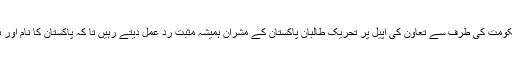
ہماری دعا ہے کہ ہماری ریاست اور حکومت کی طرف سے تعاون کی اپیل پر تحریک طالبان پاکستان کے مشران ہمیشہ مثبت رد عمل دیتے رہیں تا کہ پاکستان کا نام اور ہماری قوم کی شان باقی و بر قرار رہے۔